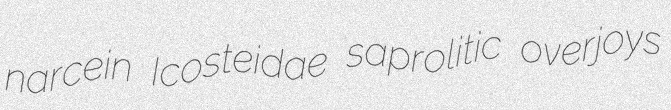
narcein Icosteidae saprolitic overjoys